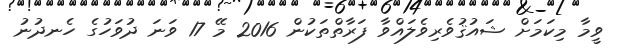
ވީމާ މިކަމަށް ޝައުޤުވެރިވެލައްވާ ފަރާތްތަކުން 2016 މޭ 17 ވަނަ ދުވަހުގެ ހެނދުނު